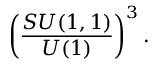
\left( \frac { S U ( 1 , 1 ) } { U ( 1 ) } \right) ^ { 3 } .